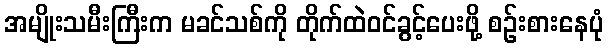
အမျိုးသမီးကြီးက မခင်သစ်ကို တိုက်ထဲဝင်ခွင့်ပေးဖို့ စဉ်းစားနေပုံ